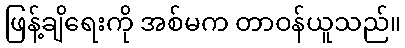
ဖြန့်ချိရေးကို အစ်မက တာဝန်ယူသည်။